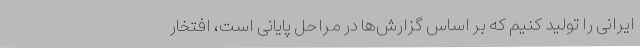
ایرانی را تولید کنیم که بر اساس گزارش‌ها در مراحل پایانی است، افتخار